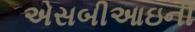
એસબીઆઇની